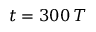
t = 3 0 0 \, T